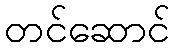
တင်ဆောင်